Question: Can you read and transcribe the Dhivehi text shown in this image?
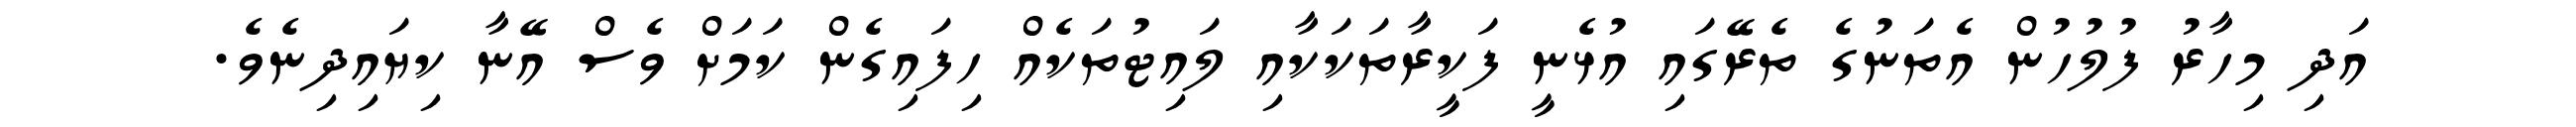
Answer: އަދި މިހާރު ފުލުހުން އެތަނުގެ ތެރޭގައި އުޅެނީ ފަކީރާތަކަކާއި ލައިޓުތަކެއް ހިފައިގެން ކަމަށް ވެސް އޭނާ ކިޔައިދިނެވެ.